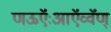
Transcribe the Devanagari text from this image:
णऊऍःआऍव्वॅण्